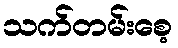
သက်တမ်းစေ့